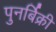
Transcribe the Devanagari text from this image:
पुनर्बिक्री